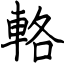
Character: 輅